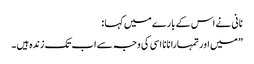
نانی نے اس کے بارے میں کہا :
” میں اور تمہارا نانا اسی کی وجہ سے اب تک زندہ ہیں ۔